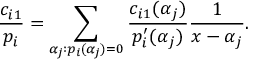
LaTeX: { \frac { c _ { i 1 } } { p _ { i } } } = \sum _ { \alpha _ { j } : p _ { i } ( \alpha _ { j } ) = 0 } { \frac { c _ { i 1 } ( \alpha _ { j } ) } { p _ { i } ^ { \prime } ( \alpha _ { j } ) } } { \frac { 1 } { x - \alpha _ { j } } } .